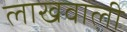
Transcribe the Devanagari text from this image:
लाखवाली